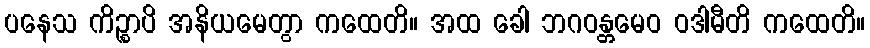
ပနေသ ကိဉ္စာပိ အနိယမေတွာ ကထေတိ။ အထ ခေါ ဘဂဝန္တမေဝ ဝဒါမီတိ ကထေတိ။